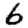
Digit: 6